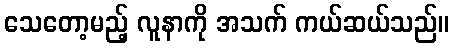
သေတော့မည့် လူနာကို အသက် ကယ်ဆယ်သည်။